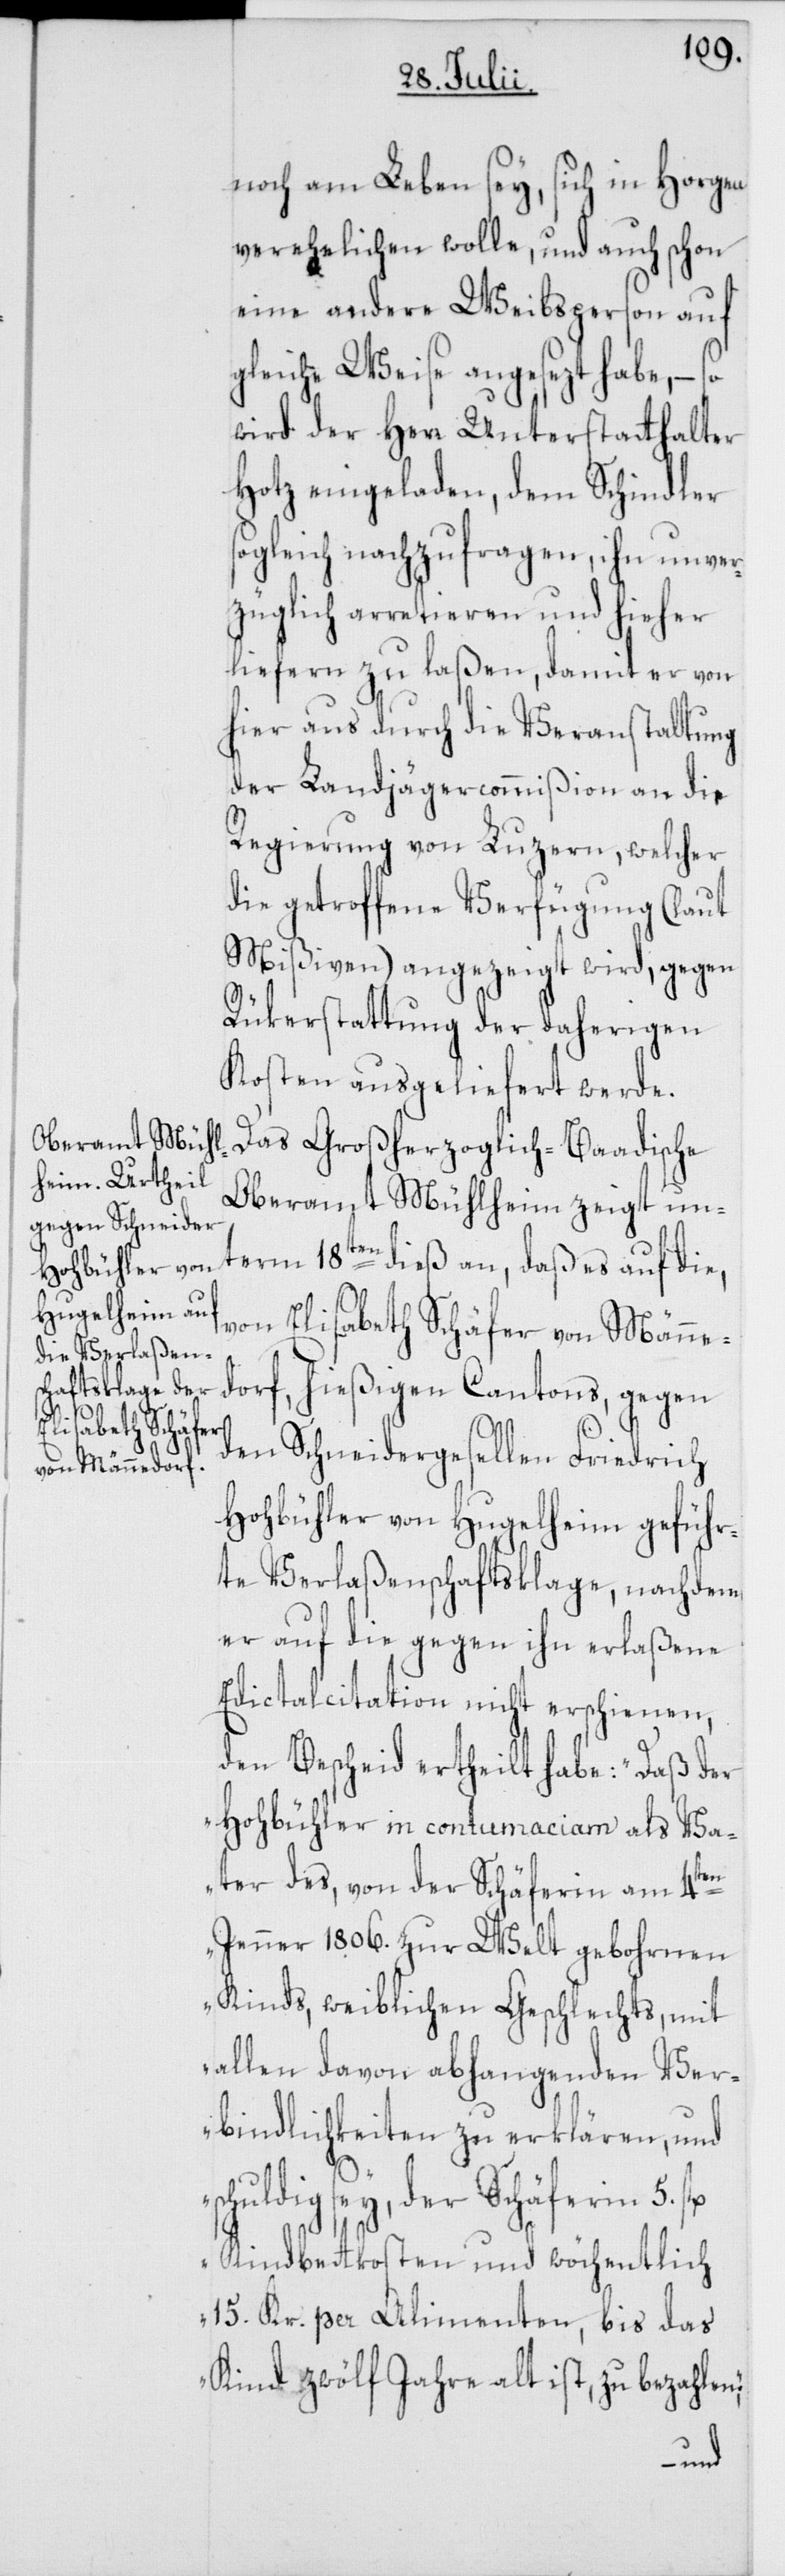
noch am Leben sey, sich in Horgen
verehelichen wolle, und auch schon
eine andere Weibsperson auf
gleiche Weise angesezt habe, – so
wird der Herr Unterstatthalter
Hotz eingeladen, dem Schindler
sogleich nachzufragen, ihn unver¬
züglich arretieren und hieher
liefern zu laßen, damit er von
hier aus durch die Veranstaltung
der Landjägercommißion an die
Regierung von Luzern, welcher
die getroffene Verfügung (laut
Mißiven) angezeigt wird, gegen
Rükerstattung der daherigen
Kosten ausgeliefert werde.
Das Großherzoglich-Baadische
Oberamt Mühlheim zeigt un¬
term 18ten dieß an, daß es auf die,
von Elisabeth Schäfer von Männe¬
dorf, hießigen Cantons, gegen
den Schneidergesellen Friedrich
Hohbühler von Hugelheim geführ¬
te Verlaßenschaftsklage, nachdem
er auf die gegen ihn erlaßene
Edictalcitation nicht erschienen,
den Bescheid ertheilt habe: „Daß der
Hohbühler in contumaciam als Va¬
ter des, von der Schäferin am 4ten
Jenner 1806. zur Welt gebohrnen
Kinds, weiblichen Geschlechts, mit
allen davon abhangenden Ver¬
bindlichkeiten zu erklären, und
sey, der Schäferin 5.
Kindbettkosten und wöchentlich
15. Kr. per Alimenten, bis das
Kind zwölf Jahre alt ist, zu bezahlen“;